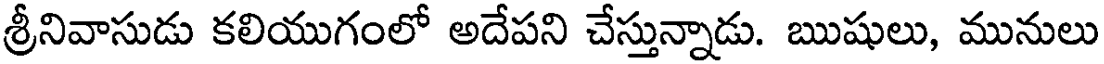
శ్రీనివాసుడు కలియుగంలో అదేపని చేస్తున్నాడు. ఋషులు, మునులు